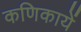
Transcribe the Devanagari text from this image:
कणिकायें